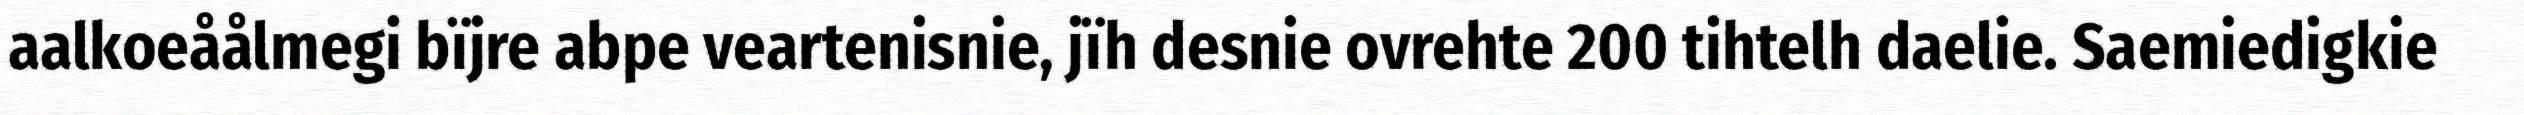
aalkoeåålmegi bïjre abpe veartenisnie, jïh desnie ovrehte 200 tihtelh daelie. Saemiedigkie